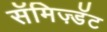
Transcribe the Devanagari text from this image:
सॅमिज़्डॅट